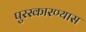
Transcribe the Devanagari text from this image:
पुरस्कारण्यास